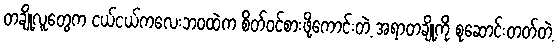
တချို့လူတွေက ငယ်ငယ်ကလေးဘ၀ထဲက စိတ်ဝင်စားဖို့ကောင်းတဲ့ အရာတချို့ကို စုဆောင်းတတ်တဲ့